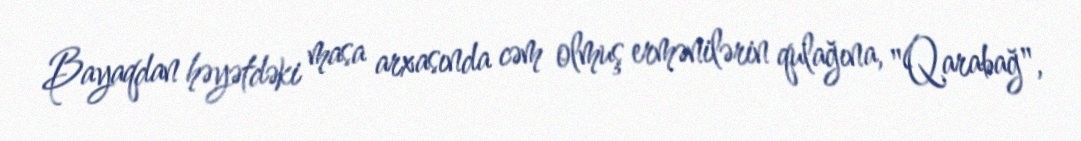
Bayaqdan həyətdəki masa arxasında cəm olmuş ermənilərin qulağına, "Qarabağ",